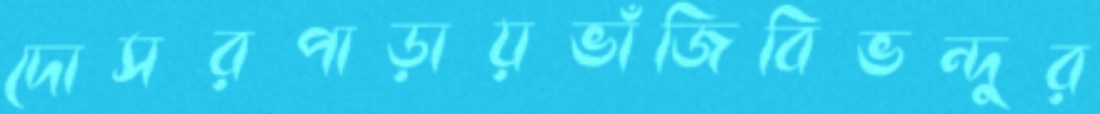
দোসরপাড়ায়ভাঁজিবিভন্দুর